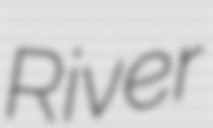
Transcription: River